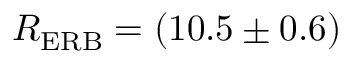
R _ { \mathrm { E R B } } = ( 1 0 . 5 \pm 0 . 6 )